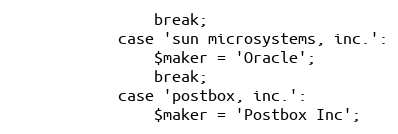
Language: PHP
                break;
            case 'sun microsystems, inc.':
                $maker = 'Oracle';
                break;
            case 'postbox, inc.':
                $maker = 'Postbox Inc';